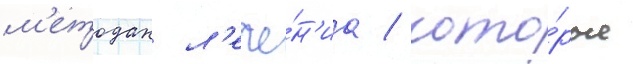
м'етодах л'ече́н'иа / кото́рые